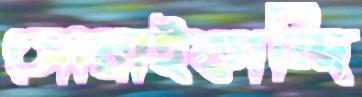
সোনাইকান্দি